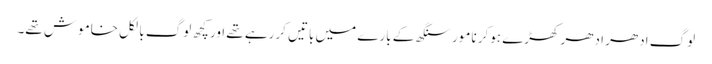
لوگ ادھر ادھر کھڑے ہوکر نامور سنگھ کے بارے میں باتیں کررہے تھے اور کچھ لوگ بالکل خاموش تھے۔